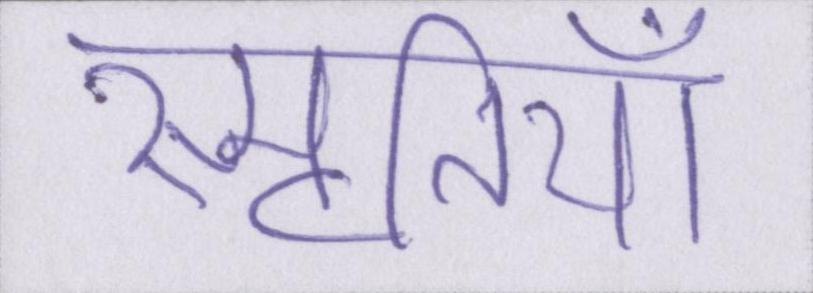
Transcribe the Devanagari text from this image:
स्मृतियाँ